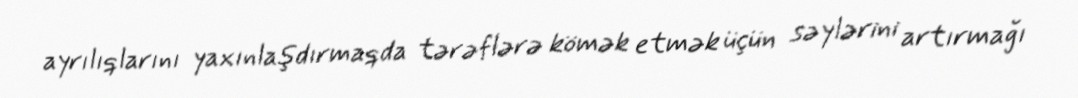
ayrılıqlarını yaxınlaşdırmaqda tərəflərə kömək etmək üçün səylərini artırmağı